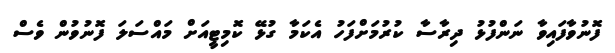
ފޮނުވާފައިވާ ނަންފުޅު ދިރާސާ ކުރުމަށްފަހު އެކަމާ ގުޅޭ ކޮމިޓީއަށް މައްސަލަ ފޮނުވުން ވެސް